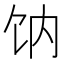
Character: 𩟿